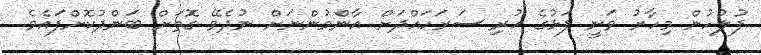
ފުލުހުން މިހާރު ވަނީ ފަޅުގެ ހުރި ސަރަހައްދަށް އާންމުންނަށް ނުދެވޭ ގޮތަށް ބަންދުކޮށްފައެވެ.